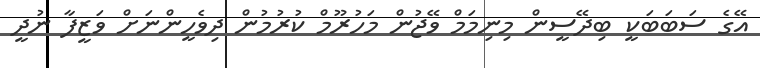
އޭގެ ސަބަބަކީ ބިދޭސީން މިނިމަމް ވޭޖުން މަހުރޫމް ކުރުމުން ދިވެހީންނަށް ވަޒީފާ ނުދީ